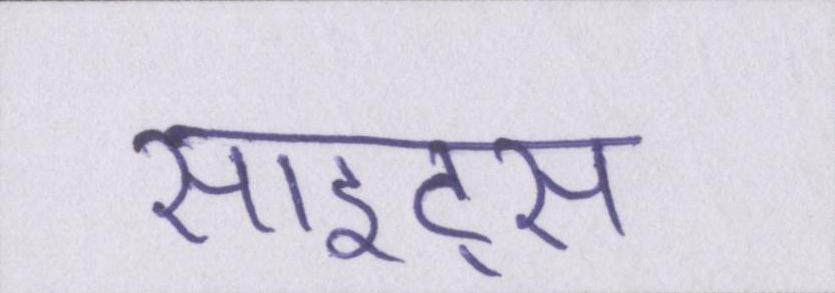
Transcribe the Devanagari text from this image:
साइट्स